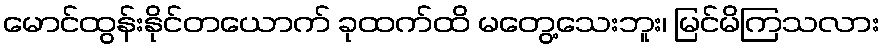
မောင်ထွန်းနိုင်တယောက် ခုထက်ထိ မတွေ့သေးဘူး၊ မြင်မိကြသလား